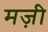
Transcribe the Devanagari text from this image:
मज़ी